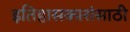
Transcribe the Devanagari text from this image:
इतिहासकारांसाठी